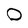
Character: 0